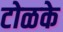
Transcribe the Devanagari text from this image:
टोळके